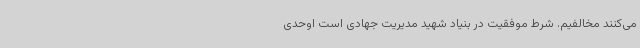
می‌کنند مخالفیم. شرط موفقیت در بنیاد شهید مدیریت جهادی است اوحدی